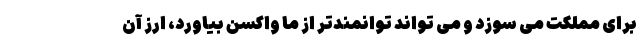
برای مملکت می سوزد و می تواند توانمندتر از ما واکسن بیاورد، ارز آن